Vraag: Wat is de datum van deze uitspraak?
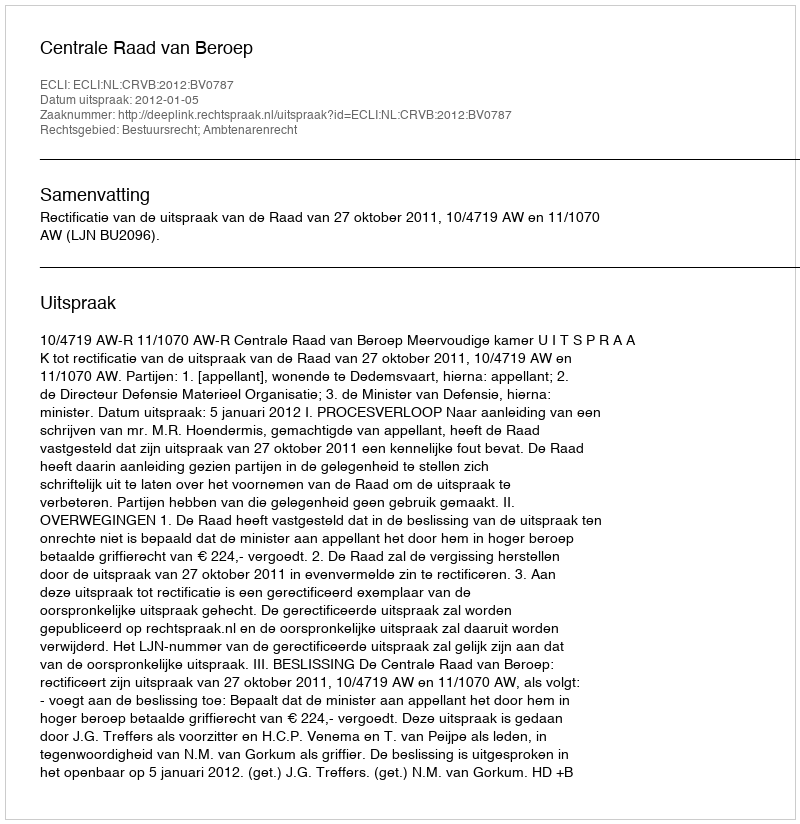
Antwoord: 2012-01-05